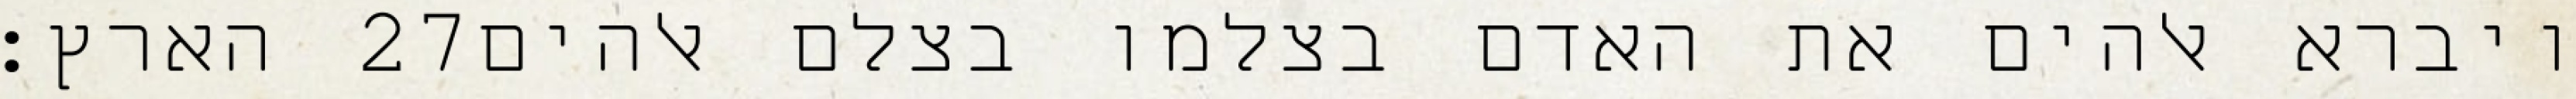
הארץ׃ ‎27‏ ויברא אלהים את האדם בצלמו בצלם אלהים